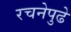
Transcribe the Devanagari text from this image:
रचनेपुढे